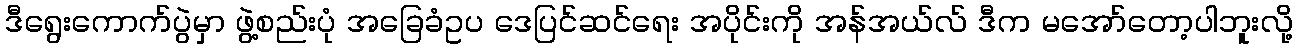
ဒီရွေးကောက်ပွဲမှာ ဖွဲ့စည်းပုံ အခြေခံဥပ ဒေပြင်ဆင်ရေး အပိုင်းကို အန်အယ်လ် ဒီက မအော်တော့ပါဘူးလို့